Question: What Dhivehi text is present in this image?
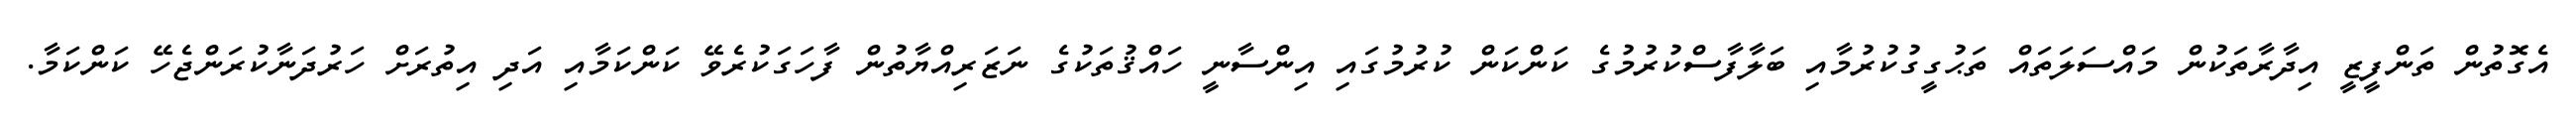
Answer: އެގޮތުން ތަންފީޒީ އިދާރާތަކުން މައްސަލަތައް ތަޙުގީގުކުރުމާއި ބަލާފާސްކުރުމުގެ ކަންކަން ކުރުމުގައި އިންސާނީ ހައްޤުތަކުގެ ނަޒަރިއްޔާތުން ފާހަގަކުރެވޭ ކަންކަމާއި އަދި އިތުރަށް ހަރުދަނާކުރަންޖެހޭ ކަންކަމާ.